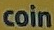
coin